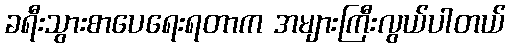
ခရီးသွားစာပေရေးရတာက အများကြီးလွယ်ပါတယ်